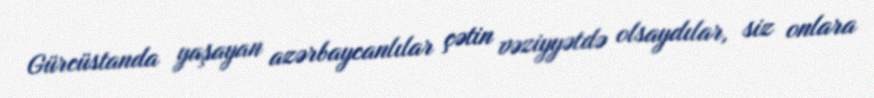
Gürcüstanda yaşayan azərbaycanlılar çətin vəziyyətdə olsaydılar, siz onlara